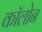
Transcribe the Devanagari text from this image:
काॅलोन